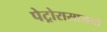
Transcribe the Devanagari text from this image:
पेट्रोरासायनों